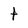
Character: t